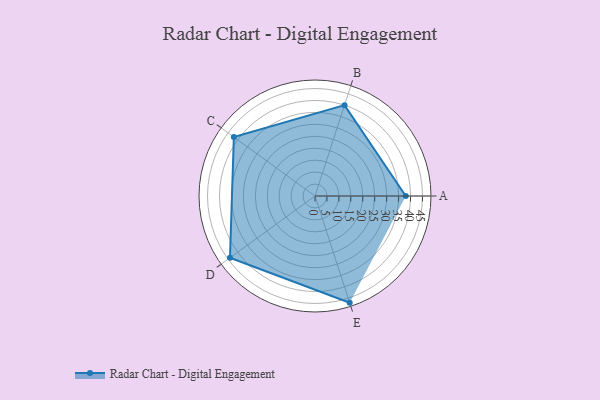
{"axis": {"x": "Skill", "y": "Score"}, "legend": ["Profile"], "data": [{"x": "A", "y": 38.0, "type": "Profile"}, {"x": "B", "y": 40.0, "type": "Profile"}, {"x": "C", "y": 42.0, "type": "Profile"}, {"x": "D", "y": 44.0, "type": "Profile"}, {"x": "E", "y": 47.0, "type": "Profile"}]}